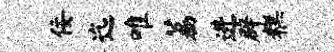
佞迄唯荔进辟糕